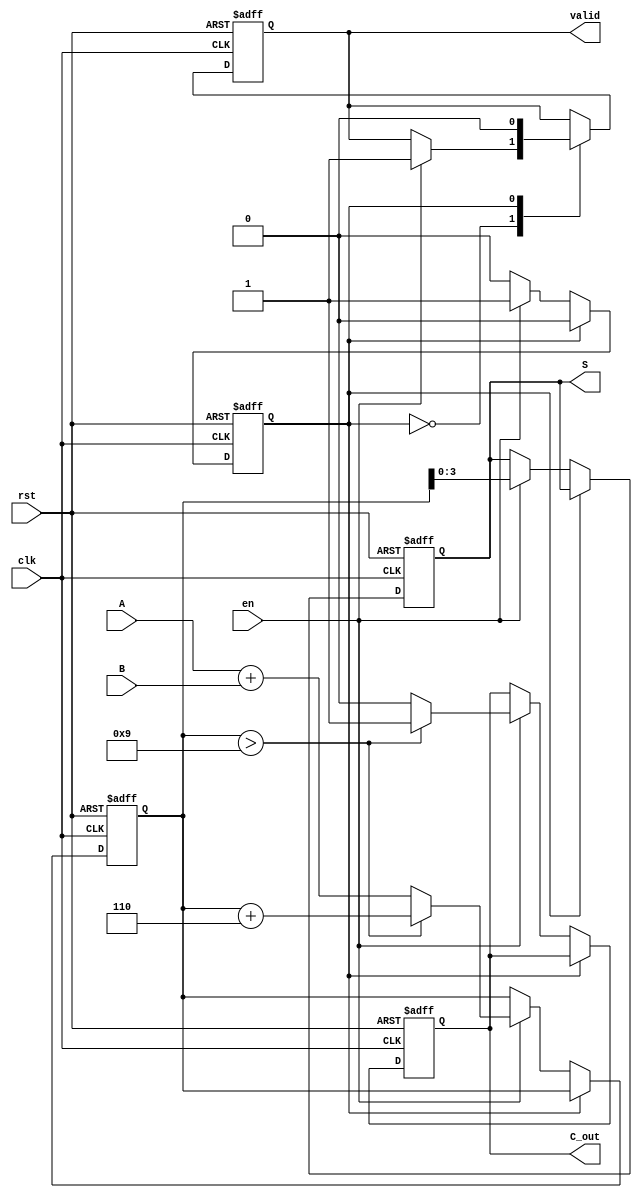
module BCD_Sequential_Adder (
    input wire [3:0] A,       // 4-bit BCD input A
    input wire [3:0] B,       // 4-bit BCD input B
    input wire clk,           // Clock signal
    input wire rst,           // Reset signal
    input wire en,            // Enable signal
    output reg [3:0] S,       // 4-bit BCD result
    output reg C_out,         // Carry out signal
    output reg valid          // Valid output
);

// Internal signals
reg [4:0] sum;               // 5-bit sum to accommodate carry
reg state;                   // State variable

// State definitions
localparam IDLE = 1'b0;
localparam ADD = 1'b1;

always @(posedge clk or posedge rst) begin
    if (rst) begin
        // Reset state
        S <= 4'b0000;
        C_out <= 1'b0;
        valid <= 1'b0;
        sum <= 5'b00000;
        state <= IDLE;
    end else begin
        case (state)
            IDLE: begin
                if (en) begin
                    // Transition to add state
                    sum <= A + B; // Compute the sum

                    // Check for BCD adjustment
                    if (sum > 9) begin
                        sum <= sum + 5'b00110; // Add 6 to convert to valid BCD
                        C_out <= 1'b1; // Set carry output
                    end else begin
                        C_out <= 1'b0; // No carry
                    end

                    // Store the result
                    S <= sum[3:0]; // Take the lower 4 bits
                    valid <= 1'b1; // Indicate result is valid
                    state <= ADD; // Transition to ADD state
                end
            end
            ADD: begin
                // After outputting the result, wait for next enable
                valid <= 1'b0; // Clear valid indicator
                state <= IDLE; // Go back to IDLE state
            end
        endcase
    end
end

endmodule